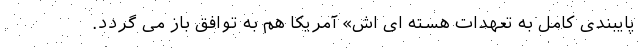
پایبندی کامل به تعهدات هسته ای اش» آمریکا هم به توافق باز می گردد.